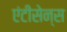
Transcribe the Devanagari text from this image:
एंटीसेन्स